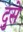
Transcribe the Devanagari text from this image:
दुसे